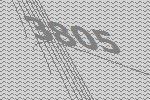
3805